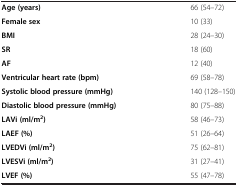
|  |  |
 | --- | --- |
 | Age (years) | 66 (54–72) |
 | Female sex | 10 (33) |
 | BMI | 28 (24–30) |
 | SR | 18 (60) |
 | AF | 12 (40) |
 | Ventricular heart rate (bpm) | 69 (58–78) |
 | Systolic blood pressure (mmHg) | 140 (128–150) |
 | Diastolic blood pressure (mmHg) | 80 (75–88) |
 | LAVi (ml/m2) | 58 (46–73) |
 | LAEF (%) | 51 (26–64) |
 | LVEDVi (ml/m2) | 75 (62–81) |
 | LVESVi (ml/m2) | 31 (27–41) |
 | LVEF (%) | 55 (47–78) |